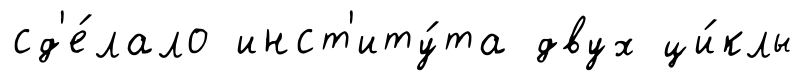
сд'е́лало инст'иту́та двух ци́клы